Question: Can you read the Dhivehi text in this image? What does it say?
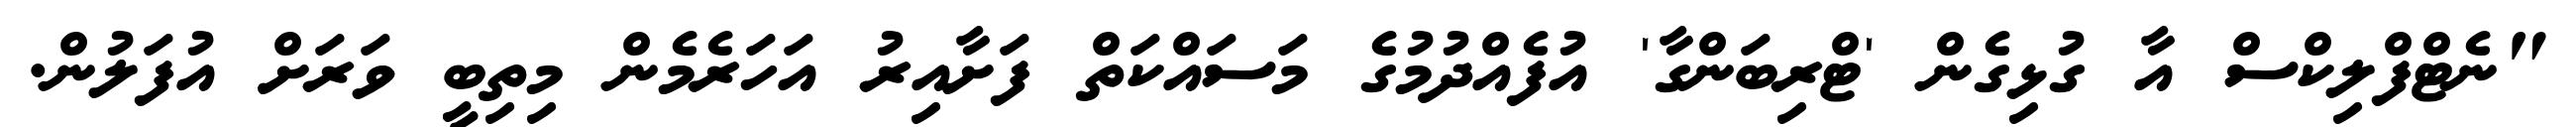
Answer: "ނެޓްފްލިކްސް އާ ގުޅިގެން 'ޓްރިބަންގާ' އުފެއްދުމުގެ މަސައްކަތް ފަށާއިރު އަހަރެމެން މިތިބީ ވަރަށް އުފަލުން.